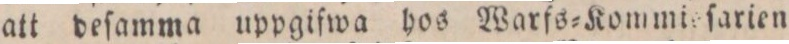
att deſamma uppgifwa hos Warfs=Kommieſarien